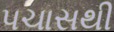
પચાસથી